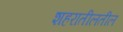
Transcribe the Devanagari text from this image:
शहरातीलतील